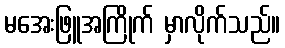
မအေးဖြူအကြိုက် မှာလိုက်သည်။